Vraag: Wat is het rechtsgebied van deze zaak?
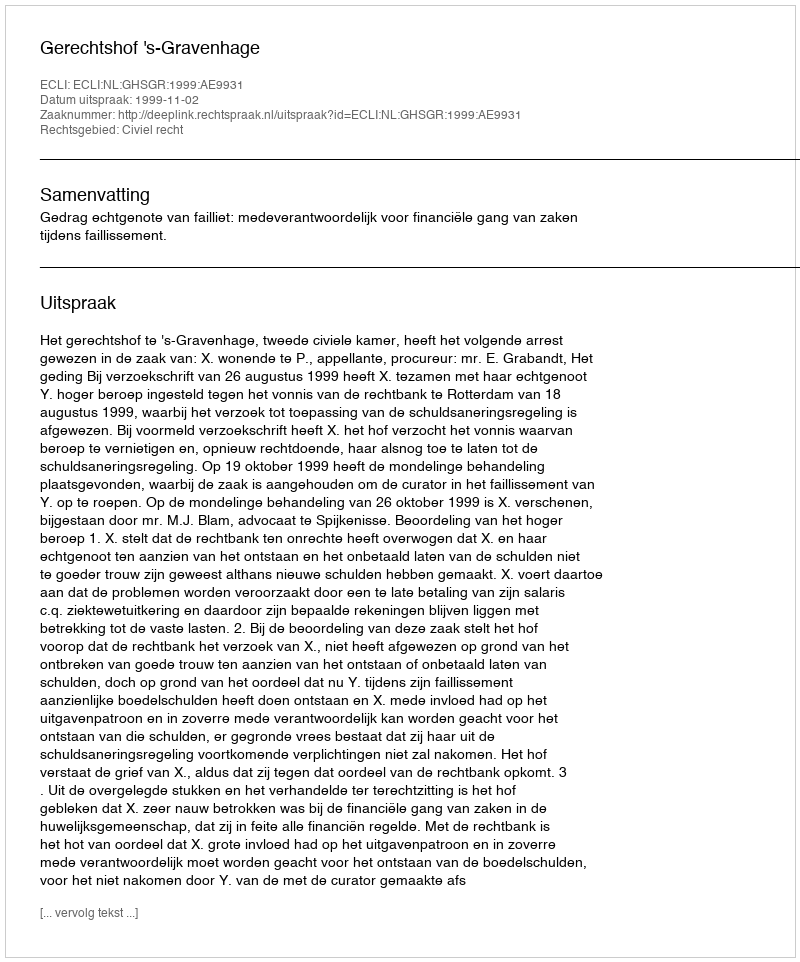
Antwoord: Civiel recht